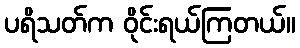
ပရိသတ်က ဝိုင်းရယ်ကြတယ်။